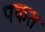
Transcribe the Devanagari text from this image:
पकत